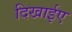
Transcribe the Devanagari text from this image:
दिखाईए